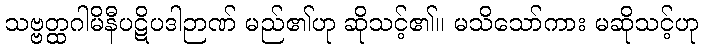
သဗ္ဗတ္ထဂါမိနီပဋိပဒါဉာဏ် မည်၏ဟု ဆိုသင့်၏။ မသိသော်ကား မဆိုသင့်ဟု